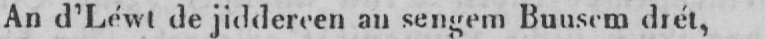
An d’Léwt de jiddereen an sengen Buusem drét,